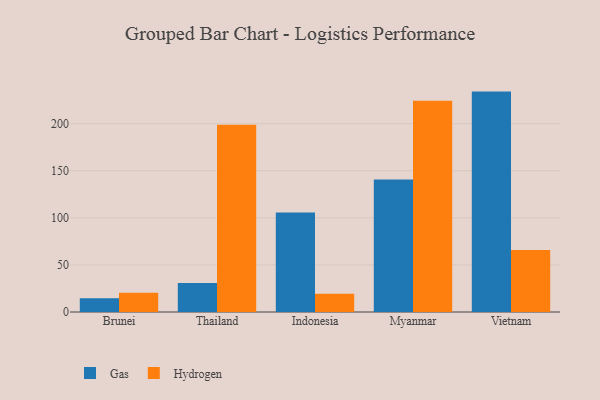
{"axis": {"x": "Country", "y": "Inventory Turnover"}, "legend": ["Gas", "Hydrogen"], "data": [{"x": "Brunei", "y": 14.5, "type": "Gas"}, {"x": "Brunei", "y": 20.4, "type": "Hydrogen"}, {"x": "Thailand", "y": 30.8, "type": "Gas"}, {"x": "Thailand", "y": 198.8, "type": "Hydrogen"}, {"x": "Indonesia", "y": 105.6, "type": "Gas"}, {"x": "Indonesia", "y": 19.5, "type": "Hydrogen"}, {"x": "Myanmar", "y": 140.7, "type": "Gas"}, {"x": "Myanmar", "y": 224.3, "type": "Hydrogen"}, {"x": "Vietnam", "y": 234.0, "type": "Gas"}, {"x": "Vietnam", "y": 65.7, "type": "Hydrogen"}]}